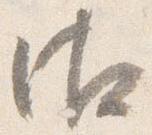
御